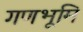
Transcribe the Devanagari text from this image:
गणभूमि